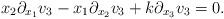
LaTeX: \begin{align*}x_2\partial_{x_1}v_3-x_1\partial_{x_2}v_3+k\partial_{x_3}v_3=0.\end{align*}